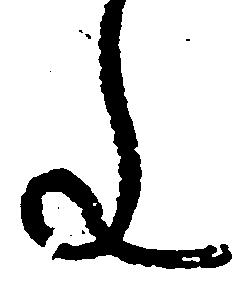
文